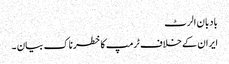
بادبان الرٹ
ایران کے خلاف ٹرمپ کا خطرناک بیان ۔